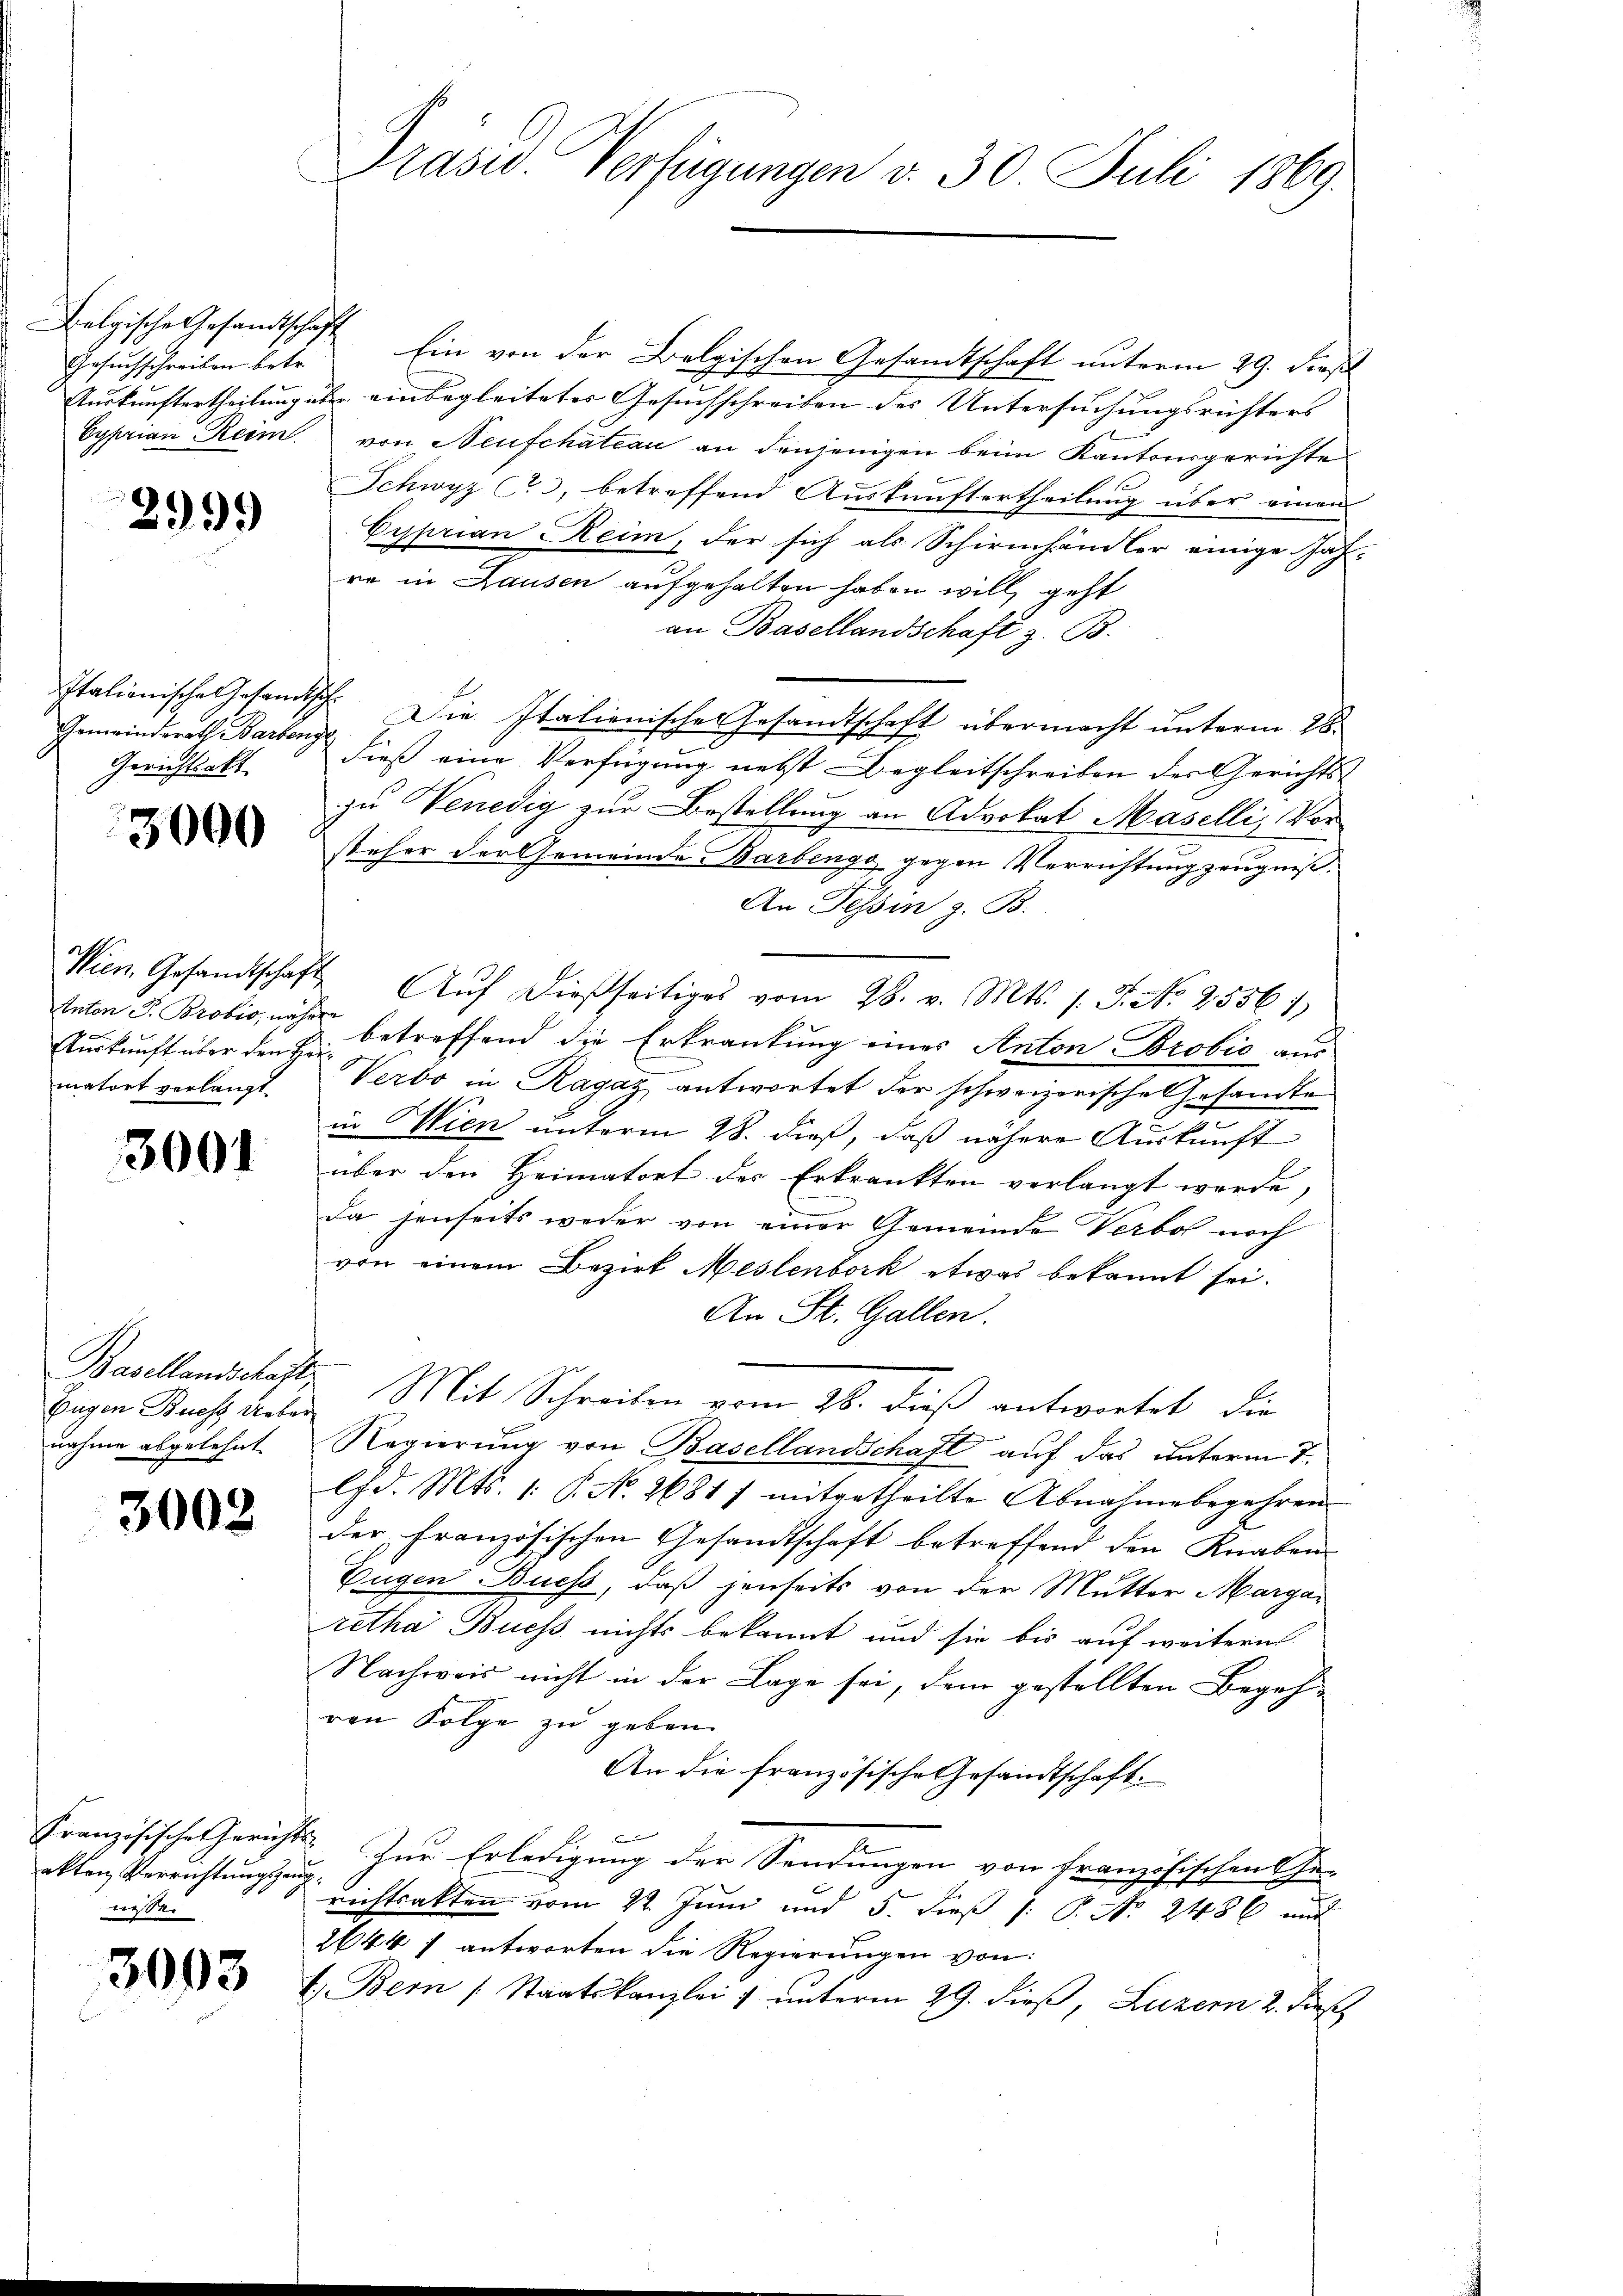
Belgische Gesandtschaft
Gesuchschreiben betr.

2999

Gemeindsrath Barbenge
Gerichtsakt

3000

Anton J. Brobio, nähere
matort verlangt.

3001

Eugen Buchs Ueber
nahme abgelehnt.

3002

Französische Gericht
akten Verrichtungsger
nissen

3003

Präsid. Verfügungen v. 30. Juli 1869

Ein von der Belgischen Gesandtschaft unterm 29. Dies
Auskunftertheilung es einbegleitetes Gesuchschreiben des Untersuchungsrichters
Cyprian Reim. von Neufchateau an denjenigen beim Kantonsgerichte
Schwyz c, betreffend Auskunftertheilung über einen
Cyprian Reim, der sich als Schirmhändler einige Jah-
re in Lausen aufgehalten haben will, geht
an Basellandschaft z. B.
Italienische Gesamtsch Die Italienisches Gesandtschaft übermacht unterm 28.
dieß eine Verfügung nebst Begleitschreiben des Gerichts
zu Venedig zur Bestellung an Advokat Maselli, Vorsteher der Gemeinde Barbenge gegen Verrichtung zeugniß¬
An Tessin z. B.
Wien Gesamtschaft Aŭf dießseitiges vom 28. v. Mts. f. J. N. 2556 1
Auskunft über den Fr. betreffend die Erkrankung eines Anton Probić aus
Verbo in Ragaz antwortet der schweizerische Gesandte
in Wien unterm 28. dieß, daß nähere Auskunft
über den Heimatort der Erkrankten verlangt werde,
Da jenseits weder von einer Gemeinde Verbot noch
von einem Bezirk Meslenbork etwas bekannt sei.
An St. Gallen.
Basellandschafte Mit Schreiben vom 26. dieß antwortet, die
Regierung von Basellandschaft auf das unterm 7.
Chd. Mts. 1. P. No. 26817 mitgetheilte Abnahmebegehren
der französischen Gesandtschaft betreffend den Knaben
Eugen Buchs, daß jenseits von der Mutter Margar
retha Buchs nichts bekannt und sie bis auf weitere
Nachweis nicht in der Lage sei, dem gestellten Begehren Folge zu geben
An die französische Gesandtschaft.
Zur Erledigung der Sendungen von Französischen Ge-
 richtsakten vom 22. Juni und 5. dieß (: P. Nr. 2486 und
2644 f antworten die Regierungen von
t. Bern Staatskanzlei & unterm 29. dieß, Luzern 2. Fisch